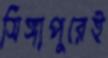
সিঙ্গাপুরেই